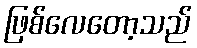
ဖြစ်လေတော့သည်